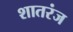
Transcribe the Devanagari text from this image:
शातरंज